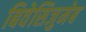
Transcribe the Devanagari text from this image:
बिवेसिजुमेब